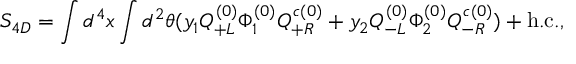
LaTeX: S _ { 4 D } = \int d ^ { 4 } x \int d ^ { 2 } \theta ( y _ { 1 } Q _ { + L } ^ { ( 0 ) } \Phi _ { 1 } ^ { ( 0 ) } Q _ { + R } ^ { c ( 0 ) } + y _ { 2 } Q _ { - L } ^ { ( 0 ) } \Phi _ { 2 } ^ { ( 0 ) } Q _ { - R } ^ { c ( 0 ) } ) + \mathrm { h . c . } ,